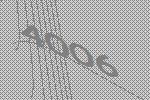
4006